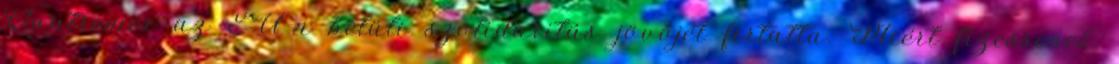
Quatremer az EU-n belüli szolidaritás jövőjét firtatta. Miért fizessenek